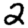
Digit: 2